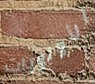
الأولويات